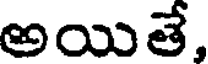
అయితే,